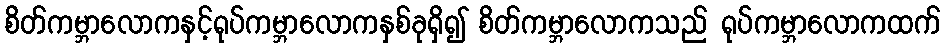
စိတ်ကမ္ဘာလောကနှင့်ရုပ်ကမ္ဘာလောကနှစ်ခုရှိ၍ စိတ်ကမ္ဘာလောကသည် ရုပ်ကမ္ဘာလောကထက်